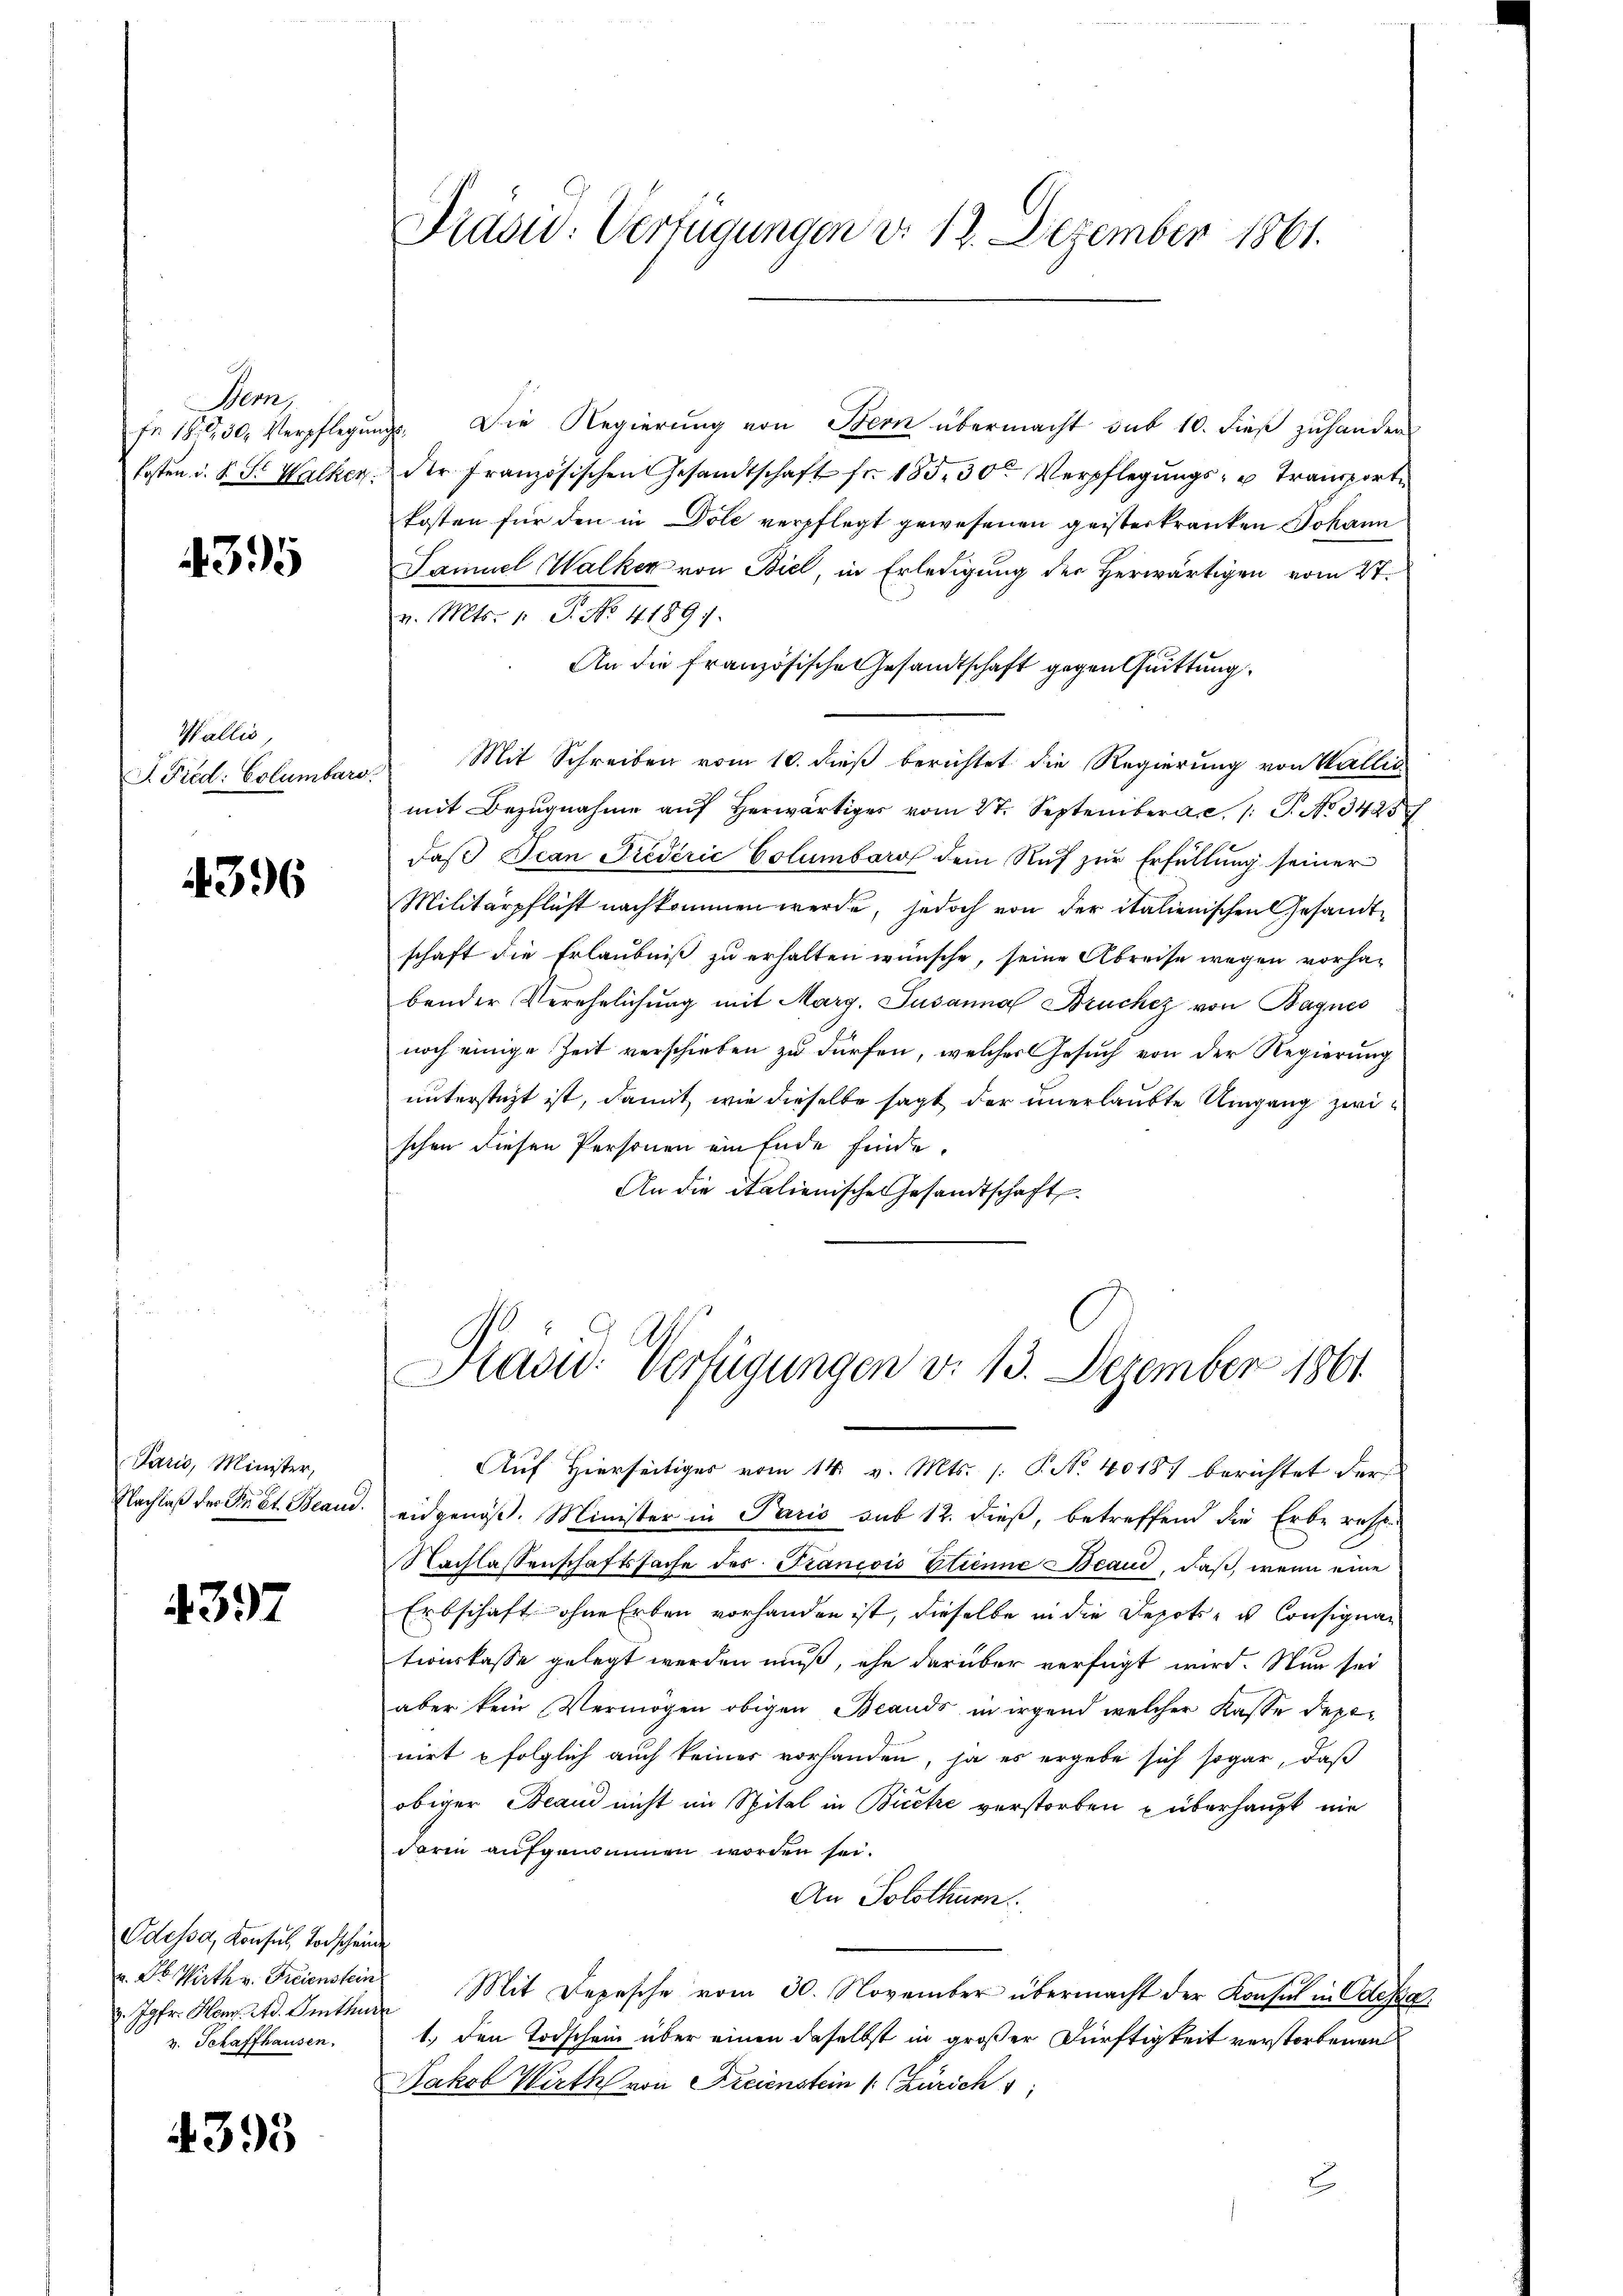
Bern,

4395

Wallis,
J. Fied: Columbarg

4396

Paris, Minister,
Nachlaß der Fr. St. Beaud

4397

Odessa, Konsul, Vorscheine
u. Dr. Wirth v. Freienstein
v. Jgfr. Heur. Ad. Imthur
v. Schaffhausen.

4393

Präsid. Verfügungen d. 12. Dezember 1861.

fr 1830. Verpflegŭngs. Die Regierung von Bern übermacht sub 10. dieß zuhander
kosten u. S. Sr. Walken der französischen Gesandtschaft fr. 185. 30t Verpflegŭngs- u Transport
kosten für den in Dole verpflegt gewesenen geisterkranken Johann
Samuel Walker von Biel, in Erledigung der Herwärtigen vom 2t.
v. Mts. 1 P. No. 41891.
An die französische Gesandtschaft gegen Quittung
Mit Schreiben vom 10. dieß berichtet die Regierung von Wallis
mit Bezugnahme auf herwärtiges vom 27. September, 1 S. No 3425
daß Jean Piederić Columbar dem Ruf zur Erfüllung seiner
Militärpflicht nachkommen werde, jedoch von der italienischen Gesandtschaft die Erlaubniß zu erhalten wünsche, seine Abreise wegen vorhabender Verehelichung mit Marg. Susanna Bruchez von Bagnes
noch einige Zeit verschieben zu dürfen, welches Gesuch von der Regierung
unterstüzt ist, damit wie dieselbe sagt der unerlaubte Umgang zwischen diesen Personen ein Ende finde.
An die italienische Gesandtschaft

Präsid. Verfügungen d. 13. Dezember 1861

Auf Hierseitiges vom 14. v. Mts. (: P. Nr. 40187 berichtet der
eidgenöß. Minister in Paris sub 12. dieß, betreffend die Erbe resp.
Nachlassenschaftssache des Francois Etienne Beaud, daß, wenn eine
Erbschaft ohne Erben vorhanden ist, dieselbe in die Depots - us Consignationskasse gelegt werden muß, ehe darüber verfügt wird. Nun sei
aber kein Vermögen obigen Brands in irgend welcher Kasse depenirt folglich auch keiner vorhanden, ja es ergebe sich sogar, daß
obiger Beaud nicht im Spital in Biete verstorben u überhaupt nie
darin aufgenommen worden sei.
An Solothurn.
Mit Depesche vom 30. November übermacht der Konsul in Odessa
1.) Den Todschein über einen daselbst in großer Dürftigkeit verstorbenen
Jakob Wirth von Freienstein /: Zürich
E